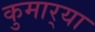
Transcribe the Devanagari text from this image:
कुमार्‍या